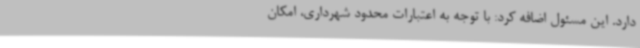
دارد. این مسئول اضافه کرد: با توجه به اعتبارات محدود شهرداری، امکان